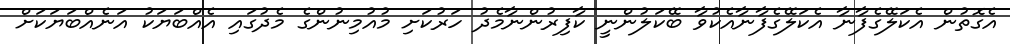
އެގޮތުން އެކަލޭގެފާނާ އެކަލޭގެފާނާއެކުވާ ބޭކަލުންނީ ކާފިރުންނާމެދު ހަރުކަށި މުއުމިނުންގެ މެދުގައި އެއްބަޔަކު އަނެއްބަޔަކަށް